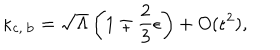
LaTeX: \kappa _ { \mathrm { c , \: b } } = \sqrt { \Lambda } \left( 1 \mp \frac { 2 } { 3 } \epsilon \right) + O ( \epsilon ^ { 2 } ) ,